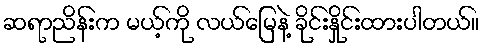
ဆရာညိန်းက မယ့်ကို လယ်မြေနဲ့ ခိုင်းနှိုင်းထားပါတယ်။